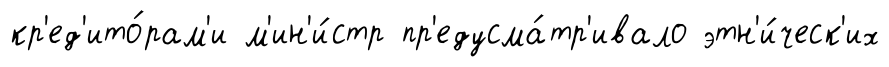
кр'ед'ито́рам'и м'ин'и́стр пр'едусма́тр'ивало этн'и́ческ'их